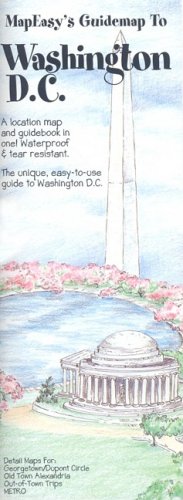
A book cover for MapEasy's Guidemap to Washington DC; MapEasy; Travel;